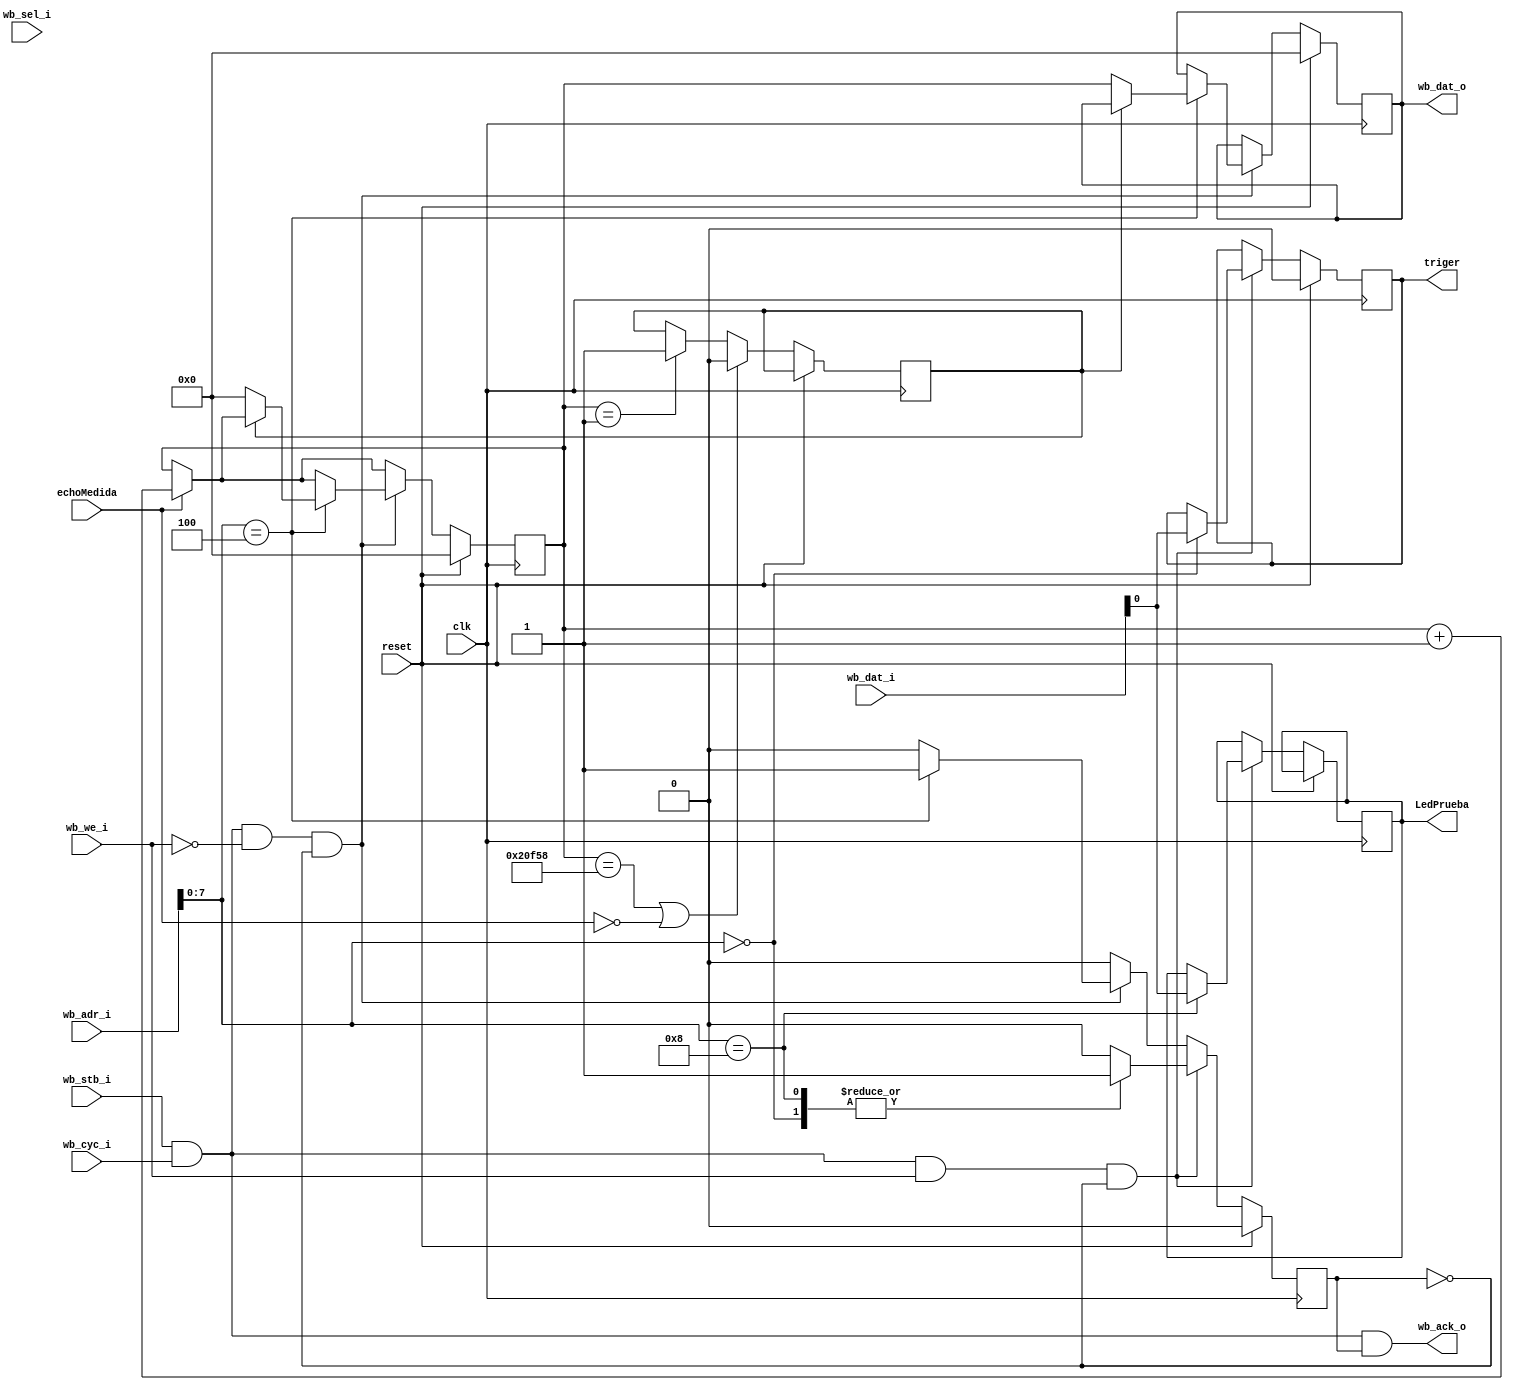
//---------------------------------------------------------------------------
//
// Wishbone proyecto
//
//  Description de registro:
//  %Miren que esto debe estar previamente definido en el perifrico
//  Trigger  0x00 
//  echoMedida  0x04 
//  LedPrueba  0x08 
//
//---------------------------------------------------------------------------

module wb_ultrasonido (
   input              clk,
   input              reset,
   // Wishbone interface
   //Tipico de cada Wishbone
   input              wb_stb_i,
   input              wb_cyc_i,
   output             wb_ack_o,
   input              wb_we_i,
   input       [31:0] wb_adr_i,  //Este indica la direccin
   input        [3:0] wb_sel_i,  
   input       [31:0] wb_dat_i,  //Este porta los datos de entrada al modulo vienen del lm32 ()
   output reg  [31:0] wb_dat_o,  //Este porta los datos de salida al modulo hacia el lm32 ()


//  echo, triger,motor, contador

output reg triger,
output reg LedPrueba,
input echoMedida
);

//---------------------------------------------------------------------------
// 
//---------------------------------------------------------------------------
 
reg  ack; //Viene con el Wishbone
//Constante para la cul se prefiere dejar de contar, ya que seria distancia muy grande
parameter superior=135000;
reg trigflag=0; //Bandera para saber si esta mandando el triger
reg   [31:0] count=0; //Contador que almacenar los ciclos que dura el echo
reg   ocupado=0;      //Variable que indicar si esta ocupado 
reg   escribio=1;     //Variable que indicar si se puede reiniciar el contador


assign wb_ack_o = wb_stb_i & wb_cyc_i & ack;

wire wb_rd = wb_stb_i & wb_cyc_i & ~wb_we_i;
wire wb_wr = wb_stb_i & wb_cyc_i &  wb_we_i;


always @(posedge clk)


begin
 
 // reset para algunas variables
 if (reset) begin
 wb_dat_o <=0;
 ack <= 0;
 triger<=0;
 count<=0;
 end  

 else begin

ack <= 0;
// bandera que queda prendida cuando el triger se enciende

        if(triger==1)
        begin 
        trigflag<=1;
        end
        

// si echo es 1 empieza a contar
  
       if(echoMedida)
        begin 
        count<=count+1;
       end
     

     // si empez a contar el echo, entonces se pone ocupado =1
     // trigflag=0 porque ya esta contando
     //escribio=0 porque no ha terminado de contar
       if(count==1)
       begin
       ocupado<=1;      
       escribio<=0;
       trigflag<=0;
       end
 
// para activar ciclo de lectura
// si el echo es 1, entonces deja de estar ocupado y puede tomar el dato wb_data_out       

        if(count==superior || ~echoMedida)
        begin 
        ocupado<=0;
        end
        

  
        if (wb_rd & ~ack)  // ciclo de lectura
        
        begin           
        ack <= 1;
           
          
           case (wb_adr_i[7:0])
           'h04: begin
           if (~ocupado)
           begin
           wb_dat_o<=count;
           count<=32'b0;
           escribio<=1;
           end
           end
    
           default: ack <= 0;
           endcase	
           end
          



      
        if (wb_wr & ~ack ) 
        begin // ciclo de escritura
        ack <= 1;
        case (wb_adr_i[7:0])
        'h00: triger<= wb_dat_i;
        'h08: LedPrueba<= wb_dat_i;
 
        default:
        ack<=0;
       
        endcase
        end
        end


end
endmodule